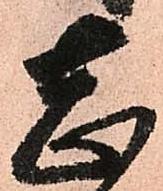
志